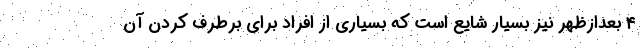
۴ بعدازظهر نیز بسیار شایع است که بسیاری از افراد برای برطرف کردن آن